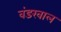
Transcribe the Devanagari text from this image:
वंडरवाल